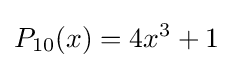
P_{10}(x)=4x^{3}+1